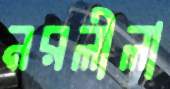
নরলীলা